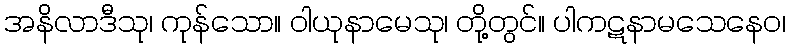
အနိလာဒီသု၊ ကုန်သော။ ဝါယုနာမေသု၊ တို့တွင်။ ပါကဋနာမသေနေဝ၊